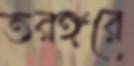
তরঙ্গরে